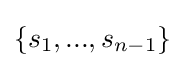
\{s_{1},...,s_{n-1}\}